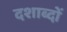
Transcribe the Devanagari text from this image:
दशाब्दों